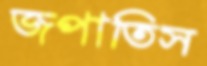
জপাতিস